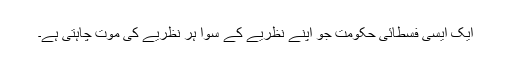
ایک ایسی فسطائی حکومت جو اپنے نظریے کے سوا ہر نظریے کی موت چاہتی ہے۔